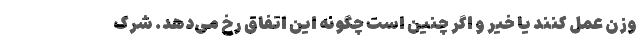
وزن عمل کنند یا خیر و اگر چنین است چگونه این اتفاق رخ می‌دهد. شرک